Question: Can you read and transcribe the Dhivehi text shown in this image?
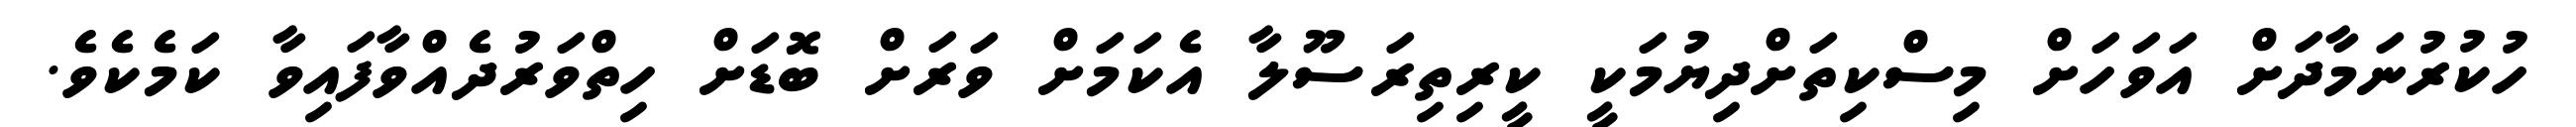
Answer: ހުކުރުނަމާދަށް އަވަހަށް މިސްކިތަށްދިޔުމަކީ ކީރިތިރަސޫލާ އެކަމަށް ވަރަށް ބޮޑަށް ހިތްވަރުދެއްވާފައިވާ ކަމެކެވެ.